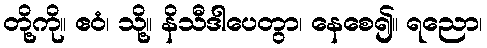
တို့ကို။ ဧဝံ၊ သို့။ နိသီဒါပေတွာ၊ နေစေ၍။ ရညော၊